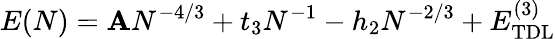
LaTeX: E(N)=\mathbf{A}N^{-4/3}+t_{3}N^{-1}-h_{2}N^{-2/3}+E_{\mathrm{{TDL}}}^{\mathrm{{(3)}}}